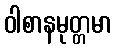
ဝါစာနမုတ္တမာ